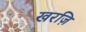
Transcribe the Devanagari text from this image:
खरज़ि